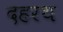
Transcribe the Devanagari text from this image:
दहरथ